Civil Veterinary Department Bihar & Orissa reports 1929-36 - 1929-1936
Year: 1929
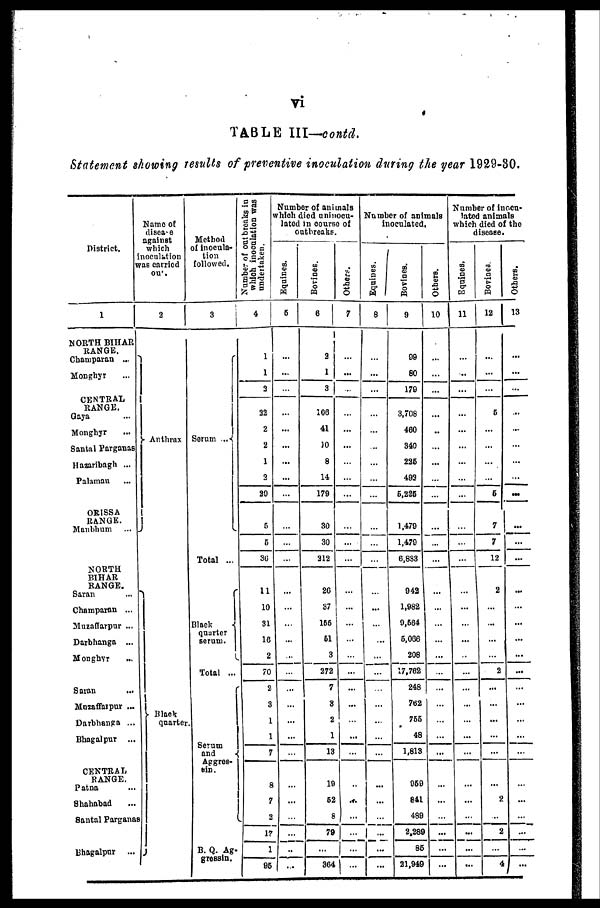
vi
TABLE III—contd.
Statement showing results of preventive inoculation during the year 1929-30.
District.
1
NORTH BIHAR
RANGE.
Champaran ...
Monghyr ...
CENTRAL
RANGE.
Gaya
Monghyr
Santal Parganas ...
Hazaribagh ...
Palaman ...
ORISSA
RANGE.
Manbhum ...
NORTH
BIHAR
RANGE.
Saran
Champaran ...
Muzaffarpur ...
Darbhanga ...
Monghyr
Saran ...
Muzaffarpur ...
Darbhanga ...
Bhagalpur ...
CENTRAL
RANGE.
Patna
Shahabad ...
Santal Parganas
Bhagalpur ...
Name of
disease
against
which
noculation
as carried
out
2
Anthrax
Black
quarter.
Method
of inocula-
tion
followed.
3
Serum ...
Total ...
Black
quarter
serum.
Total ...
Serum
and
Apgres-
ein.
B. Q. Ag-
gressin.
Number of outbreaks in
which inoculation was
undertaken.
4
1
1
3
22
2
2
1
2
20
5
6
36
11
10
31
16
2
70
2
3
1
1
7
8
7
2
17
1
95
Number of animals
which died uninocu-
lated in course of
outbreaks.
Equines.
5
...
...
...
...
... ...
...
...
...
...
...
...
...
...
...
...
...
...
...
...
...
...
...
...
...
...
...
...
...
Bovines.
6
2
1
3
106
41
10
8
14
179
30
30
212
26
37
155
61
3
272
7
3
2
1
13
19
52
8
79
...
364
Others.
7
...
...
...
...
...
...
...
...
...
...
...
...
...
...
... ...
...
...
...
...
...
...
...
...
...
...
...
Number of animals
inoculated.
Equines.
8
...
...
...
...
...
...
...
...
...
...
...
...
...
...
...
...
...
...
...
...
...
...
...
...
...
...
...
Bovines.
9
99
80
179
3,708
460
340
226
492
6,226
1,479
1,479
6,833
942
1,982
9,564
5,066
208
17,762
248
762
755
48
1,813
959
841
489
2,289
85
21,949
Others.
10
...
...
...
...
...
...
...
...
...
...
...
...
...
...
...
...
...
...
...
...
...
...
...
...
...
...
...
...
Number of inocu-
lated animals
which died of the
disease.
Equines,
11
...
...
...
...
...
...
...
...
...
...
...
...
...
...
...
...
...
...
...
...
...
...
...
...
...
...
...
...
...
Bovinea.
12
...
...
...
5
...
...
...
...
6
7
7
12
2
...
...
...
...
2
...
...
...
...
...
...
2
...
2
...
4
Others.
13
...
...
...
...
...
...
...
...
...
...
...
...
...
...
...
...
...
...
...
...
...
...
...
...
...
...
...
...
...